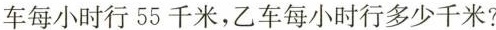
车每小时行55千米，乙车每小时行多少千米？